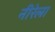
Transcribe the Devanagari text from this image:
नीरेला